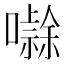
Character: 𭋻